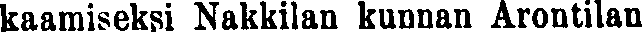
kaamiseksi Nakkilan kunnan Arontilan